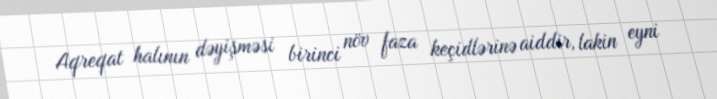
Aqreqat halının dəyişməsi birinci növ faza keçidlərinə aiddir, lakin eyni